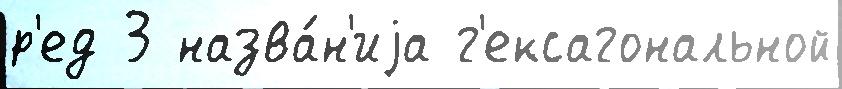
р'ед 3 назва́н'иjа г'ексагональной